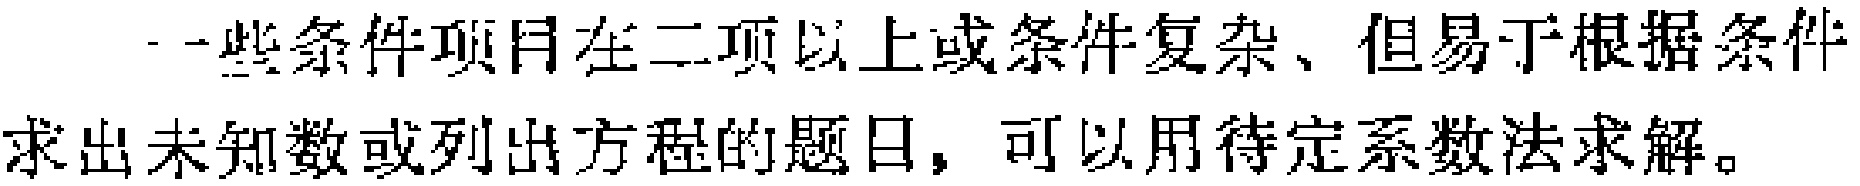
一些条件项目在二项以上或条件复杂、但易于根据条件求出未知数或列出方程的题目，可以用待定系数法求解。